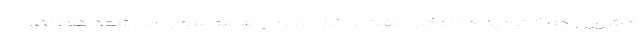
کشوری که از تولید کنندگان نفت و گاز خاورمیانه محسوب می‌شود همانند